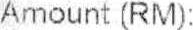
AMOUNT (RM):